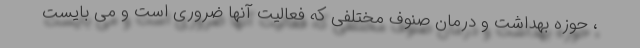
، حوزه بهداشت و درمان صنوف مختلفی که فعالیت آنها ضروری است و می بایست